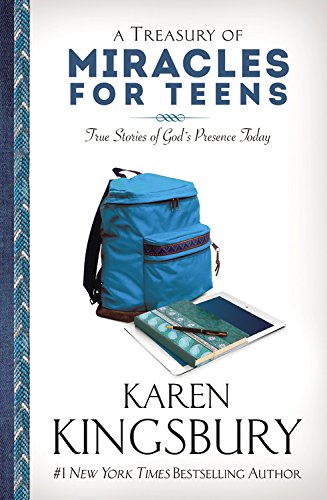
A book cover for A Treasury of Miracles for Teens: True Stories of God's Presence Today; Karen Kingsbury; Children's Books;